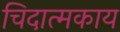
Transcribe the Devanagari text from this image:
चिदात्मकाय